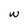
Character: w